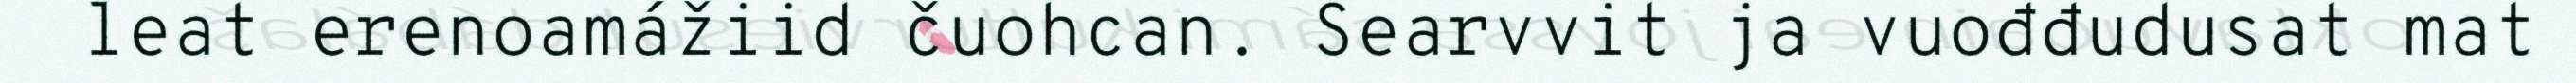
leat erenoamážiid čuohcan. Searvvit ja vuođđudusat mat